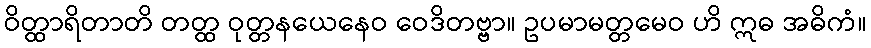
ဝိတ္ထာရိတာတိ တတ္ထ ဝုတ္တနယေနေဝ ဝေဒိတဗ္ဗာ။ ဥပမာမတ္တမေဝ ဟိ ဣဓ အဓိကံ။